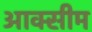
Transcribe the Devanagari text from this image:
आक्सीम